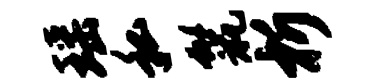
瑶私鬣析